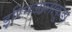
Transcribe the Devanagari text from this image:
इरिनजालाकुडा